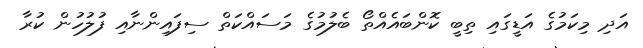
އަދި މިކަމުގެ އަޑީގައި ތިބީ ކޮންބައެއްތޯ ބެލުމުގެ މަސައްކަތް ސިފައިންނާއި ފުލުހުން ކުރާ